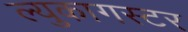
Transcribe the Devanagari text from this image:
ल्युकागस्टर